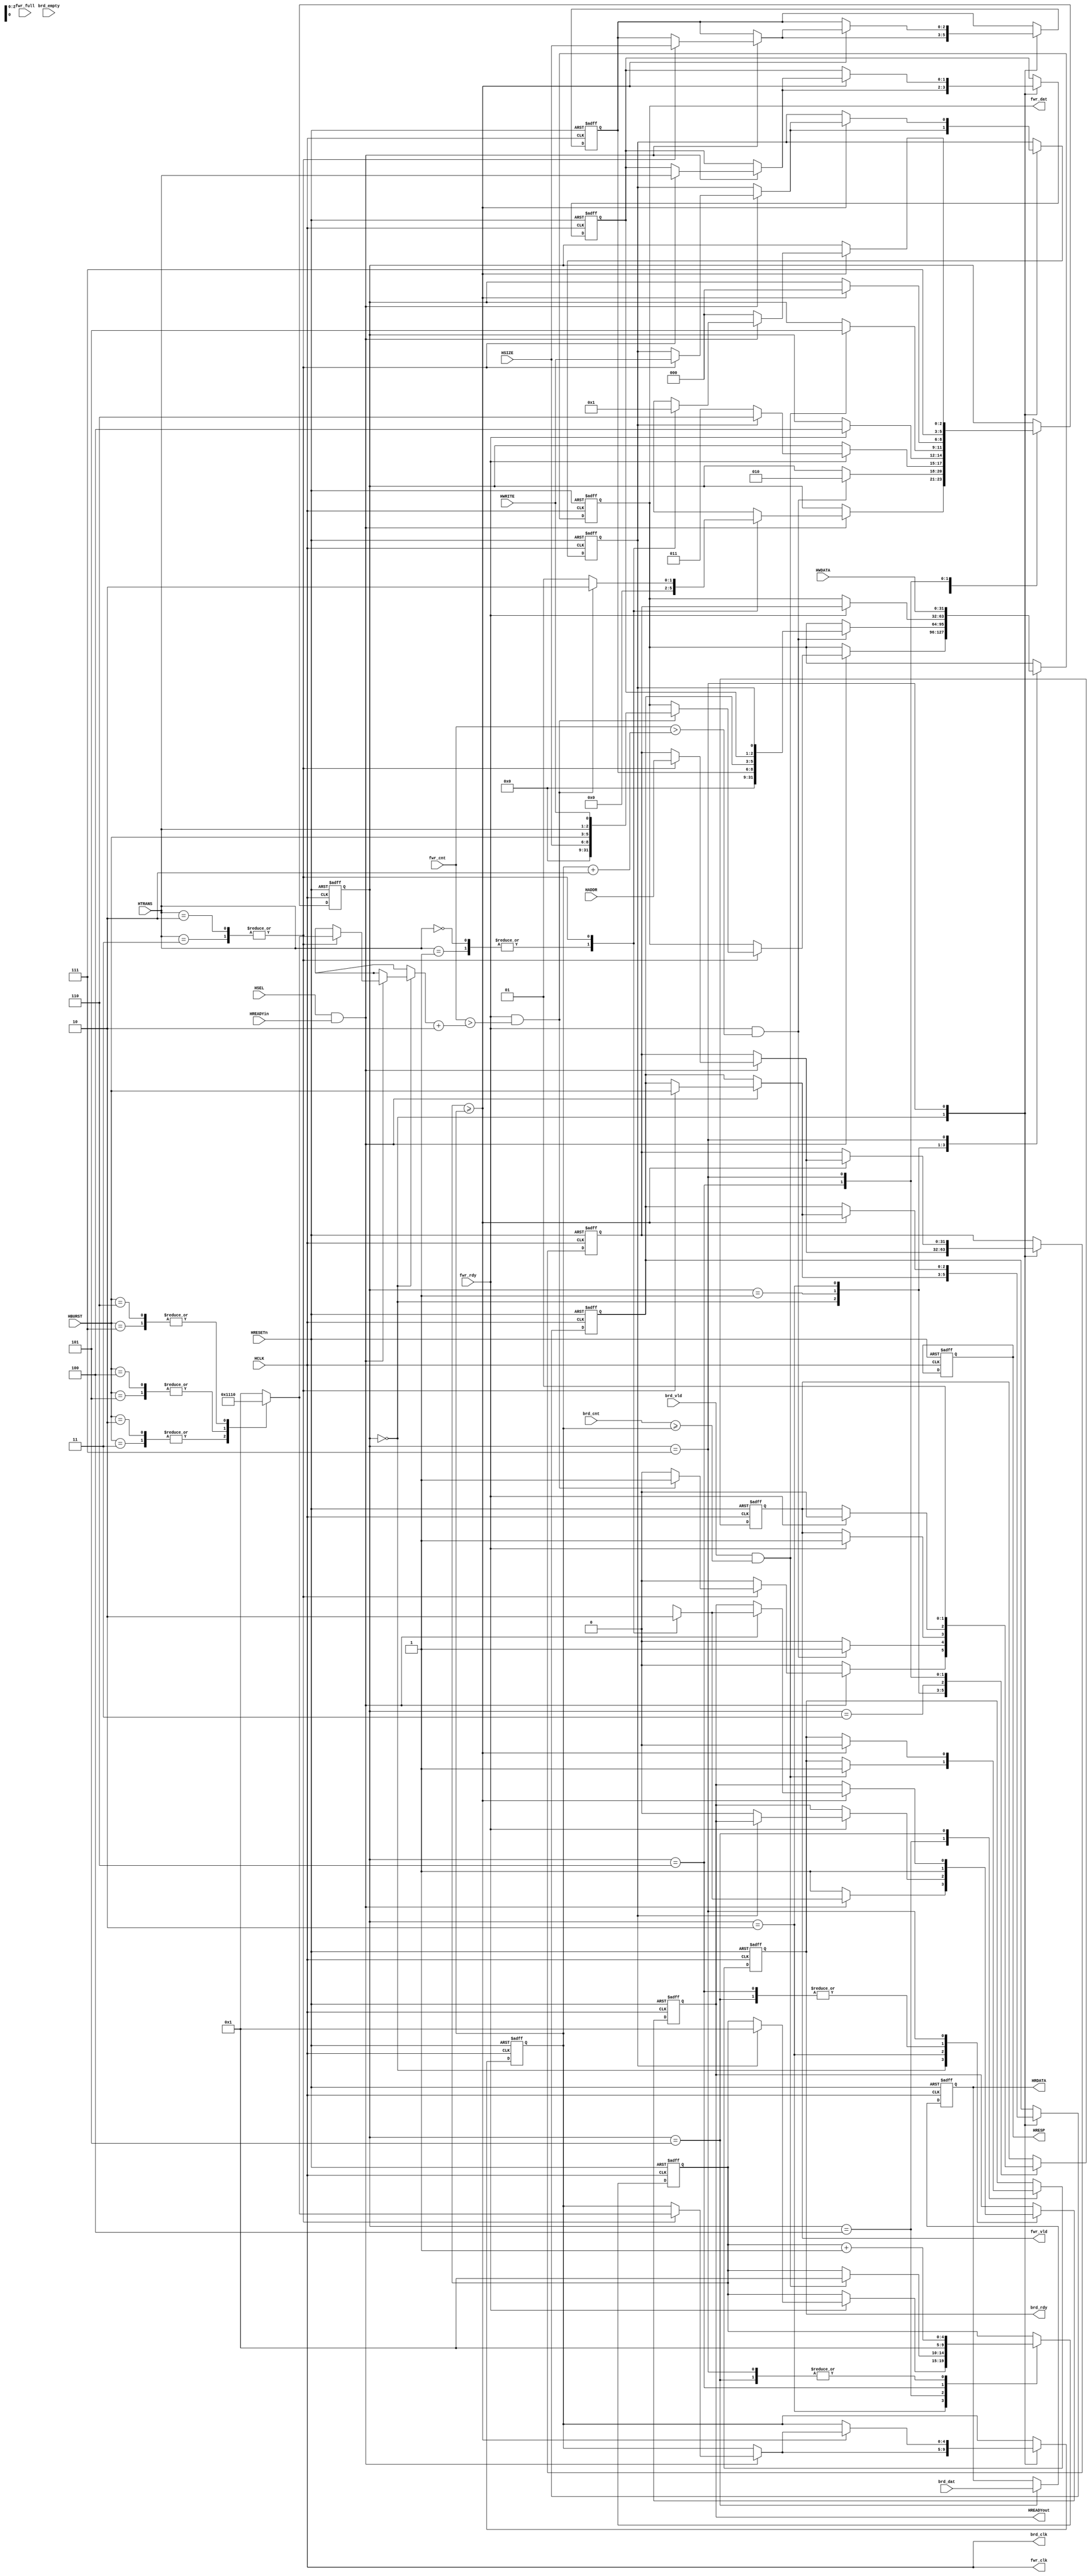
//----------------------------------------------------------------
//  Copyright (c) 2010-2012 by Ando Ki.
//  All right reserved.
//----------------------------------------------------------------
// AHB Slave to synchronous FIFO
//----------------------------------------------------------------
// VERSION: 2012.02.17.
//----------------------------------------------------------------
// Macros and parameters:
//----------------------------------------------------------------
// Note:
//----------------------------------------------------------------
// Signal naming convention:
//    * forward: address and control information goes out
//    * bakward: data information comes in
//    * fwr_ : forward and fifo-write
//    * brd_ : backward and fifo-read
//----------------------------------------------------------------
`timescale 1ns/1ns

module ahb2ahb_slave_core
       #(parameter FIFO_AW=5)
(
   //----------------------------------------------------
   // AHB slave port
     input    wire        HRESETn
   , input    wire        HCLK
   , input    wire        HSEL
   , input    wire [31:0] HADDR
   , input    wire [1:0]  HTRANS
   , input    wire        HWRITE
   , input    wire [2:0]  HSIZE
   , input    wire [2:0]  HBURST
   , input    wire [31:0] HWDATA  
   , output   reg  [31:0] HRDATA
   , output   reg  [1:0]  HRESP
   , input    wire        HREADYin
   , output   reg         HREADYout
   //----------------------------------------------------
   // FIFO forward: address related
   , output  wire        fwr_clk  
   , input   wire        fwr_rdy  
   , output  reg         fwr_vld  
   , output  reg  [31:0] fwr_dat  
   , input   wire        fwr_full
   , input   wire [FIFO_AW:0] fwr_cnt // how many rooms available
   //----------------------------------------------------
   // FIFO backward: data related
   , output  wire        brd_clk  
   , output  reg         brd_rdy  
   , input   wire        brd_vld  
   , input   wire [31:0] brd_dat  
   , input   wire        brd_empty
   , input   wire [FIFO_AW:0] brd_cnt // how many items available
);
   //----------------------------------------------------
   assign fwr_clk   = HCLK;
   assign brd_clk   = HCLK;
   //----------------------------------------------------
   reg [31:0] T_ADDR;
   reg        T_WRITE;
   reg [ 1:0] T_TRANS;
   reg [ 2:0] T_BURST;
   reg [ 2:0] T_SIZE;
   reg [ 4:0] T_LENG;
   reg [ 4:0] counter;
   //----------------------------------------------------
   reg [2:0] state;
   localparam STH_IDLE   = 'h0,
              STH_WAIT   = 'h1,
              STH_ADDR   = 'h2,
              STH_READ0  = 'h3,
              STH_READ1  = 'h4,
              STH_READ2  = 'h5,
              STH_WRITE0 = 'h6,
              STH_WRITE1 = 'h7;
   always @ (posedge HCLK or negedge HRESETn) begin
       if (HRESETn==0) begin
           HRDATA     <= 32'h0;
           HREADYout  <= 1'b1;
           HRESP      <= 2'b00; //`HRESP_OKAY;
           fwr_vld    <= 1'b0;
           fwr_dat    <= 32'h0;
           brd_rdy    <= 1'b0;
           T_ADDR     <= 32'h0;
           T_WRITE    <= 1'b0;
           T_TRANS    <= 2'h0;
           T_BURST    <= 3'h0;
           T_SIZE     <= 3'h0;
           T_LENG     <= 'h0;
           counter    <= 5'h0;
           state      <= STH_IDLE;
       end else begin // if (HRESETn==0) begin
           case (state)
           STH_IDLE: begin
                fwr_vld   <= 1'b0; // see STH_WRITE1 (should be here)
                if (HSEL && HREADYin) begin
                   case (HTRANS)
                   2'b00, 2'b01: begin //`HTRANS_IDLE,`HTRANS_BUSY
                          HREADYout <= 1'b1;
                          state     <= STH_IDLE;
                    end
                   2'b10, 2'b11: begin //`HTRANS_NONSEQ,`HTRANS_SEQ
                          T_ADDR    <= HADDR;
                          T_WRITE   <= HWRITE;
                          T_TRANS   <= HTRANS;
                          T_BURST   <= HBURST;
                          T_SIZE    <= HSIZE;
                          T_LENG    <= burst_leng(HBURST);
                          HREADYout <= 1'b0;
                          if (fwr_rdy&&(fwr_cnt>(burst_leng(HBURST)+2))) begin
                              fwr_dat   <= {HSIZE,HBURST,HTRANS,HWRITE};
                              fwr_vld   <= 1'b1;
                              state     <= STH_ADDR;
                          end else begin
                              state     <= STH_WAIT;
                          end
                    end
                   endcase
                end else begin// if (HSEL && HREADYin)
                    HREADYout <= 1'b1;
                end
                end // STH_IDLE
           STH_WAIT: begin // wait until FIFO is available
                if (fwr_rdy&&(fwr_cnt>(T_LENG+2))) begin
                   fwr_dat   <= {T_SIZE,T_BURST,T_TRANS,T_WRITE};
                   fwr_vld   <= 1'b1;
                   state     <= STH_ADDR;
                end else begin
                   fwr_vld   <= 1'b0; // see STH_WRITE1 (should be here)
                end
                end // STH_WAIT
           STH_ADDR: begin
                if (fwr_rdy) begin
                   fwr_dat <= T_ADDR;
                   fwr_vld <= 1'b1;
                   if (T_WRITE) begin
                      counter   <= 1;
                      state     <= STH_WRITE0;
                   end else begin
                      HREADYout <= 1'b0;
                      state     <= STH_READ0;
                   end
                end
                end // STH_ADDR
           STH_READ0: begin
                if (fwr_rdy) begin
                    fwr_vld <= 1'b0;
                    state   <= STH_READ1;
                end
                end // STH_READ0
           STH_READ1: begin
                if (brd_vld&&(brd_cnt>=T_LENG)) begin
                    brd_rdy <= 1'b1;
                    counter <= 1;
                    state   <= STH_READ2;
                end
                end // STH_READ1
           STH_READ2: begin
                   HRDATA    <= brd_dat;
                   HREADYout <= 1'b1;
                   counter   <= counter + 1;
                   if (counter>=T_LENG) begin
                       brd_rdy <= 1'b0;
                       state   <= STH_IDLE;
                   end
                   // synopsys translate_off
                   `ifdef RIGOR
                   if (brd_vld==1'b0) $display("%m: Error: brd_vld should not be '0'.");
                   if (brd_cnt==1'b0) $display("%m: Error: brd_cnt should not be '0'.");
                   `endif
                   // synopsys translate_on
                end // STH_READ1
           STH_WRITE0: begin
                HREADYout <= 1'b1;
                fwr_vld   <= 1'b0;
                counter   <= 1;
                state     <= STH_WRITE1;
                // synopsys translate_off
                `ifdef RIGOR
                if (fwr_rdy==1'b0) $display("%m: Error: fwr_rdy should not be '0'.");
                if (fwr_cnt==1'b0) $display("%m: Error: fwr_cnt should not be '0'.");
                `endif
                // synopsys translate_on
                end // STH_WRITE0
           STH_WRITE1: begin
                fwr_dat  <= HWDATA;
                fwr_vld  <= 1'b1;
                counter  <= counter + 1;
                if (counter>=T_LENG) begin
                   fwr_vld   <= 1'b1;
                   if (HSEL && HREADYin) begin
                      case (HTRANS)
                      2'b00, 2'b01: begin //`HTRANS_IDLE,`HTRANS_BUSY
                             HREADYout <= 1'b1;
                             state     <= STH_IDLE;
                       end
                      2'b10, 2'b11: begin //`HTRANS_NONSEQ,`HTRANS_SEQ
                             T_ADDR    <= HADDR;
                             T_WRITE   <= HWRITE;
                             T_TRANS   <= HTRANS;
                             T_BURST   <= HBURST;
                             T_SIZE    <= HSIZE;
                             T_LENG    <= burst_leng(HBURST);
                             HREADYout <= 1'b0;
                             state     <= STH_WAIT;
                       end
                      endcase
                   end else begin// if (HSEL && HREADYin)
                       state     <= STH_IDLE;
                   end
                end
                end // STH_WRITE1
           endcase // state
       end // if (HRESETn==0)
   end // always

   //----------------------------------------------------
   function [4:0] burst_leng;
        input [2:0] burst;
        begin
            case (burst)
            3'b010, 3'b011:  burst_leng = 5'h04;  // increment & wrap 4
            3'b100, 3'b101:  burst_leng = 5'h08;  // increment & wrap8
            3'b110, 3'b111:  burst_leng = 5'h10;  // increment & wrap16
            default: burst_leng = 5'h01;  // all other
            endcase
        end
   endfunction

endmodule
//----------------------------------------------------------------
// Revision History
//
// 2012.02.17.: timescale & include
// 2010.01.07.: Starting based on ahb2ahb_asm_slave_core.v
//              by Ando Ki (adki@dynalith.com)
//----------------------------------------------------------------